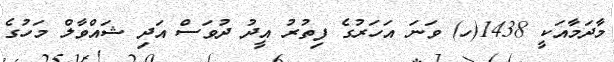
މާދަމާއަކީ 1438(ހ) ވަނަ އަހަރުގެ ފިތުރު އީދު ދުވަސް އަދި ޝައްވާލް މަހުގެ